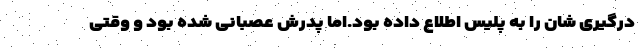
درگیری شان را به پلیس اطلاع داده بود.اما پدرش عصبانی شده بود و وقتی